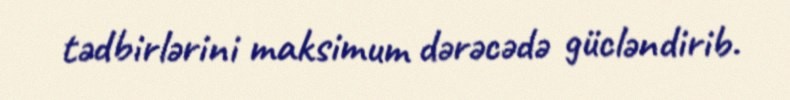
tədbirlərini maksimum dərəcədə gücləndirib.